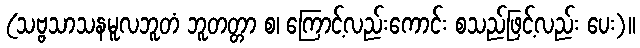
(သဗ္ဗသာသနမူလဘူတံ ဘူတတ္တာ စ၊ ကြောင့်လည်းကောင်း စသည်ဖြင့်လည်း ပေး)။